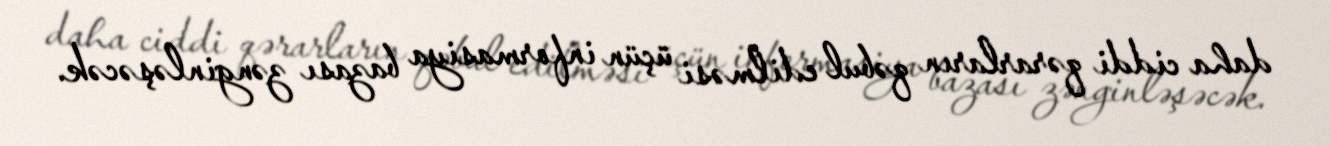
daha ciddi qərarların qəbul edilməsi üçün informasiya bazası zənginləşəcək.